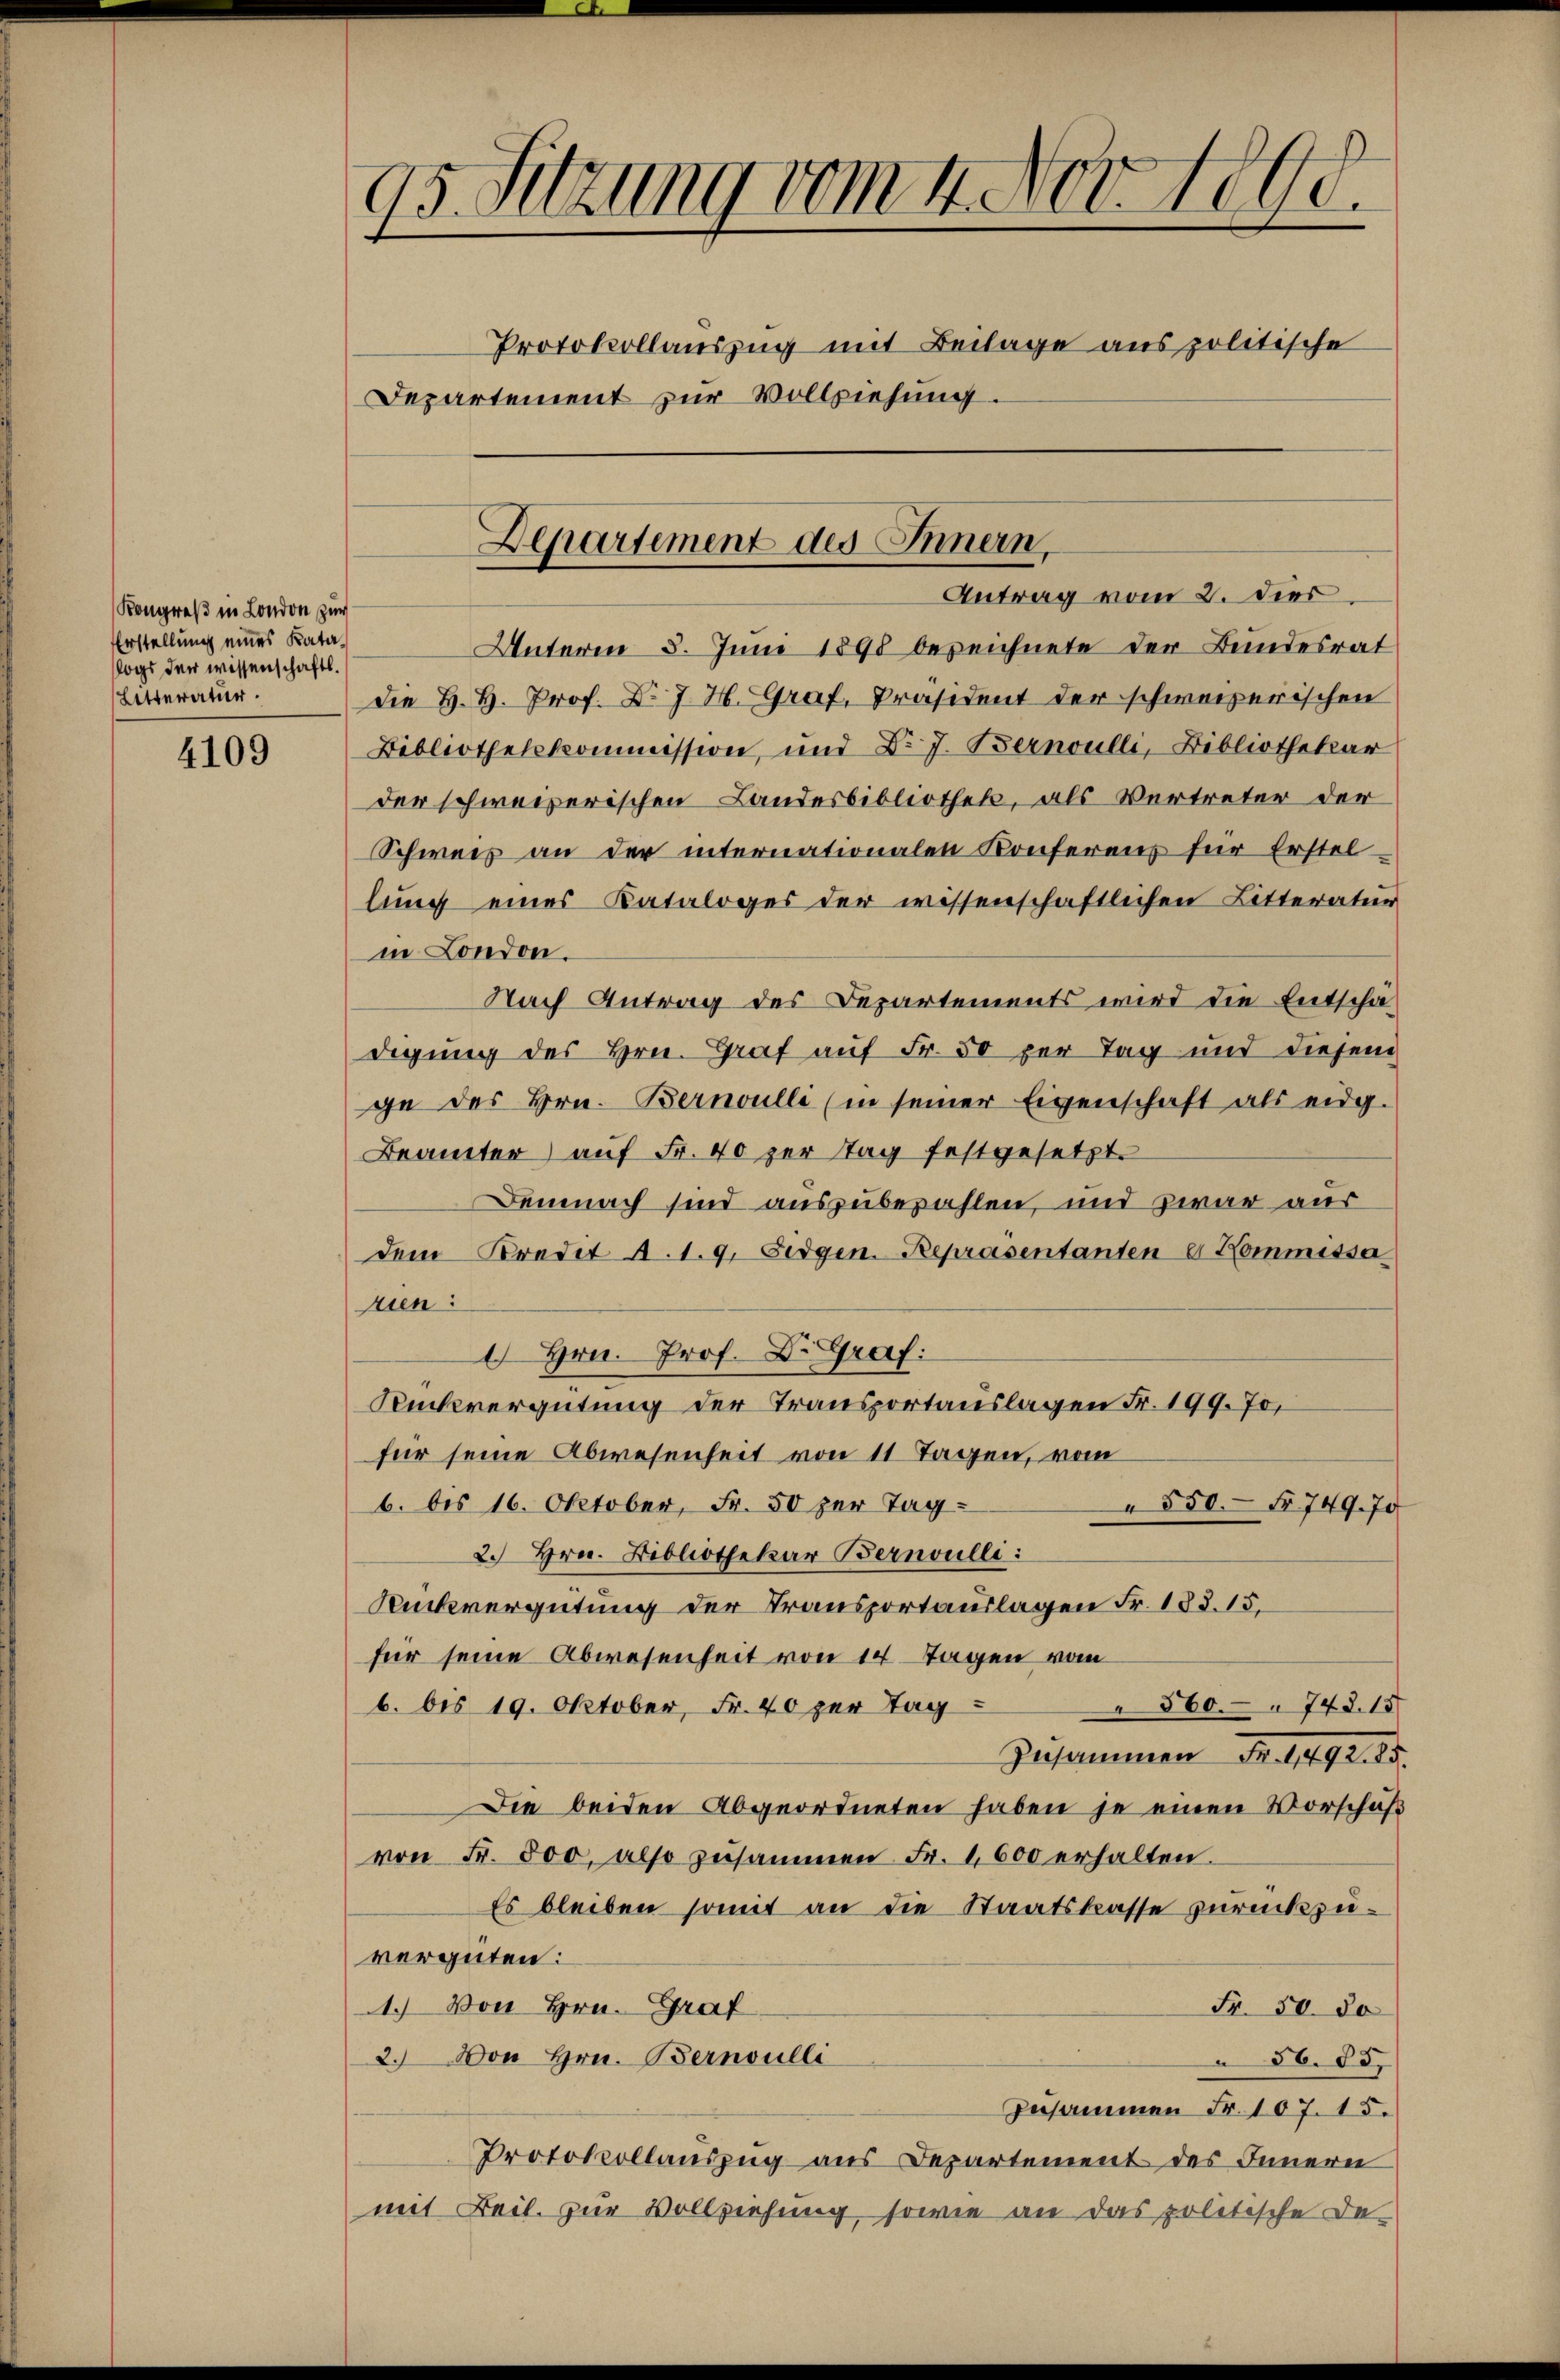
Kongreß in London zur
Erstellung eines Katalogs der wissenschaft.
Letteratur

4109

Unterm 5. Juni 1898 bezeichnete der Bundesrat
Die H. H. Prof. D. J. H. Graf, Präsident der schweizerischen
Bibliothekkommission, und Dr J. Bernoulli, Bibliothekar
der schweizerischen Landesbibliothek, als Vertreter der
Schweis an der internationalen Konferens für Erstel
lung eines Kataloges der wissenschaftlichen Litteratur
in London.
Nach Antrag des Departements wird die Entschädigung des Hrn. Graf auf Fr. 50 per Tag und diesem
ge des Hrn. Bernoulli (in seiner Eigenschaft als eidg.
Brämter) auf Fr. 40 zur Tag festgesetzt.
Demnach sind auszubezahlen, und zwar aus
dem Kredit A. 1. 9. Sedgen. Repräsentantene Kommissa
rien:
 Hrn. Prof. Dr. Graf:
Rückvergütung der Transportanslagen Fr. 199. 70,
für seine Abwesenheit von 11 Tagen, vom
6. bis 16. Oktober, Fr. 50 zur Tag¬
550. Fr. 749. 70
2. Hrn. Bibliothekar Bernoulli:
Rückvergütung der Transportauslagen Fr. 183. 15.
für seine Abwesenheit von 14 Tagen vom
560. 743. 15.
b. bis 19. Oktober, Fr. 40 zur Tag
Zusammen Fr. 1492. 85.
Die beiden Abgeordneten haben je einen Vorschaft
von Fr. 800, also zusammen Fr. 1600 erhalten.
Es bleiben somit an die Staatskasse zurückzuverguten:
1.) Von Hrn. Graf
Fr. 50. So
2.) Von Hrn. Bernoulli
56. 85.
zusammen Fr. 107. 15.
Protokollauszug aus Departement des Innern
mit Beil. zur Vollziehung, sowie an das politische De¬

95. Sitzung vom 4. Nov. 1890.
Protokollauszug mit Beilage aus politische
Departement zur Vollziehung.

Departement des Innern,
Antrag vom 2. dies